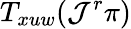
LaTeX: T_{xuw}(\mathcal{J}^{r}\pi)